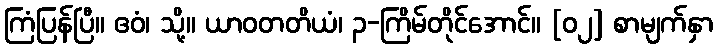
ကြံပြန်ပြီ။ ဧဝံ၊ သို့။ ယာဝတတိယံ၊ ၃-ကြိမ်တိုင်အောင်။ [၀၂] စာမျက်နှာ